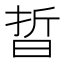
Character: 晢